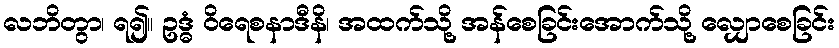
လဘိတွာ၊ ရ၍။ ဥဒ္ဓံ ဝိရေစနာဒီနိ၊ အထက်သို့ အန်စေခြင်းအောက်သို့ လျှောစေခြင်း